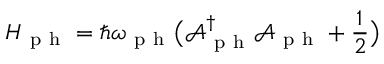
H _ { \mathrm { ~ p ~ h ~ } } = \hbar \omega _ { \mathrm { ~ p ~ h ~ } } \big ( \mathcal { A } _ { \mathrm { ~ p ~ h ~ } } ^ { \dagger } \mathcal { A } _ { \mathrm { ~ p ~ h ~ } } + \frac { 1 } { 2 } \big )